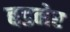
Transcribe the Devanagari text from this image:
बडनेर